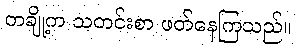
တချို့က သတင်းစာ ဖတ်နေကြသည်။